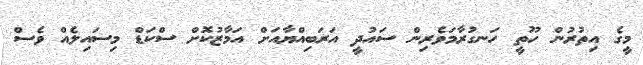
މީގެ އިތުރުން ހޫތީ ހަނގުރާމަވެރިން ސައުދީ އަރަބިއްޔާއަށް އަމާޒުކޮށް ސްކަޑް މިސައިލެއް ވެސް